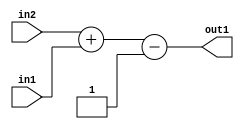
`timescale 1ps / 1ps
/*****************************************************************************
    Verilog RTL Description
    
    
    Created by: Stratus DpOpt 2019.1.01 
*******************************************************************************/

module st_feature_addr_gen_Subi1Add2u8u16_4_2 (
	in2,
	in1,
	out1
	); /* architecture "behavioural" */ 
input [15:0] in2;
input [7:0] in1;
output [17:0] out1;
wire [17:0] asc001;

wire [17:0] asc001_tmp_0;
assign asc001_tmp_0 = 
	+(in2)
	+(in1);
assign asc001 = asc001_tmp_0
	-(18'B000000000000000001);

assign out1 = asc001;
endmodule

/* CADENCE  uLLyTAg= : u9/ySgnWtBlWxVPRXgAZ4Og= ** DO NOT EDIT THIS LINE ******/